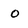
Character: 0